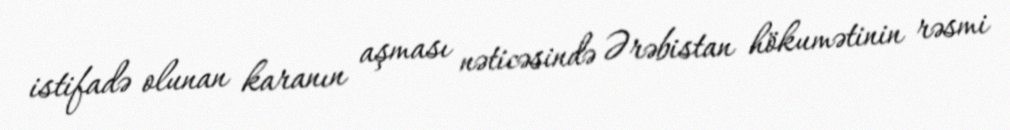
istifadə olunan karanın aşması nəticəsində Ərəbistan hökumətinin rəsmi